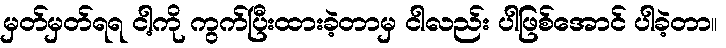
မှတ်မှတ်ရရ ငါ့ကို ကွက်ပြီးထားခဲ့တာမှ ငါလည်း ပါဖြစ်အောင် ပါခဲ့တာ။